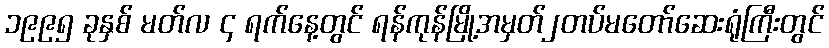
၁၉၉၅ ခုနှစ် မတ်လ ၄ ရက်နေ့တွင် ရန်ကုန်မြို့အမှတ်၂တပ်မတော်ဆေးရုံကြီးတွင်